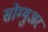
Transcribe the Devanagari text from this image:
सोम्युअर